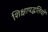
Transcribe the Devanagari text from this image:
शिक्षापद्धतियों